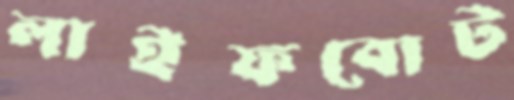
লাইফবোট